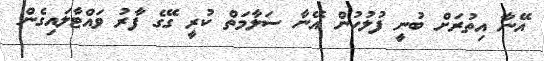
އޭނާ އިތުރަށް ބުނީ ފުލުހުން އޭނާ ސަލާމަތް ކުރީ ގޭގެ ފާރު ވައްޓާލައިގެން